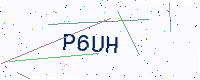
Text: P6UH